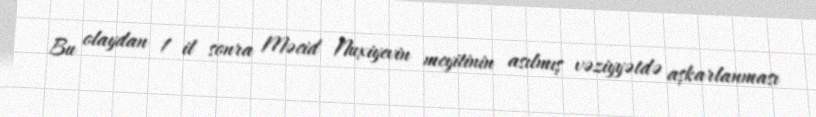
Bu olaydan 1 il sonra Məcid Nuxiyevin meyitinin asılmış vəziyyətdə aşkarlanması